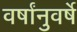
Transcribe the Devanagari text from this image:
वर्षांनुवर्षे